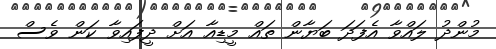
މުންދު ލައްވާ އެފަދަ ބަޔާން ތައް މީޑިއާ އަށް ދީފައިވާ ކަން ވެސް